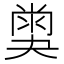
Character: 𡙪